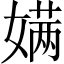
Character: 𮱔